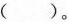
( )。